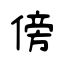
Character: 傍